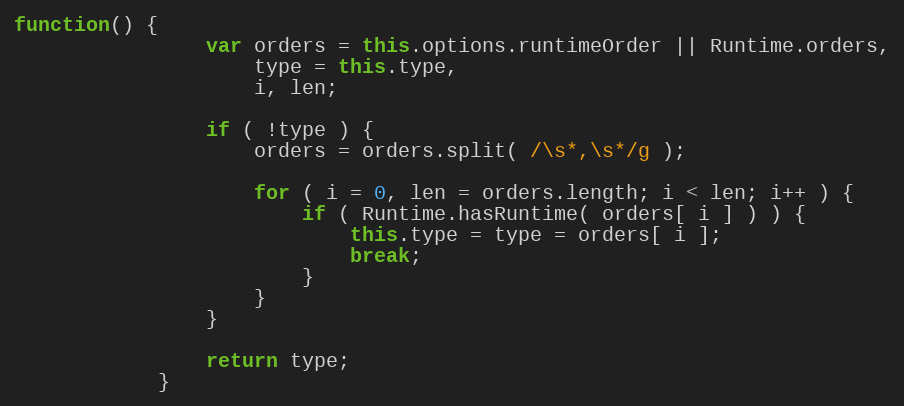
Language: JavaScript
function() {
                var orders = this.options.runtimeOrder || Runtime.orders,
                    type = this.type,
                    i, len;

                if ( !type ) {
                    orders = orders.split( /\s*,\s*/g );

                    for ( i = 0, len = orders.length; i < len; i++ ) {
                        if ( Runtime.hasRuntime( orders[ i ] ) ) {
                            this.type = type = orders[ i ];
                            break;
                        }
                    }
                }

                return type;
            }